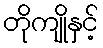
တိုကျိုနှင့်